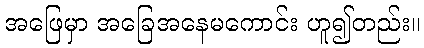
အဖြေမှာ အခြေအနေမကောင်း ဟူ၍တည်း။